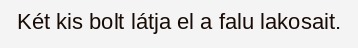
Két kis bolt látja el a falu lakosait.